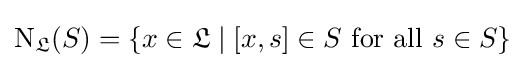
\mathrm {N} _{\mathfrak {L}}(S)=\{x\in {\mathfrak {L}}\mid [x,s]\in S{\text{ for all }}s\in S\}